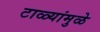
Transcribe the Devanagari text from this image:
टाळ्यांमुळे